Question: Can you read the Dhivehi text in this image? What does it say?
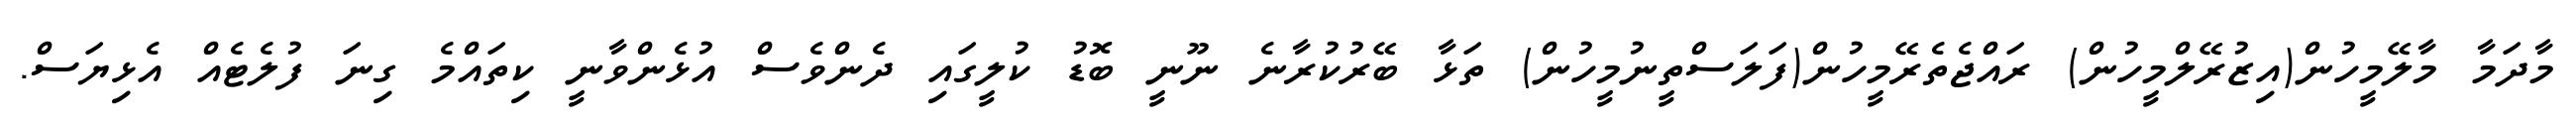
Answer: މާދަމާ މާލޭމީހުން(އިޒުރޭލްމީހުން) ރައްޖެތެރޭމީހުން(ފަލަސްތީނުމީހުން) ތަޅާ ބޭރުކުރާނެ ނޫނީ ބޮޑު ކުލީގައި ދެންވެސް އުޅެންވާނީ ކިތައްމެ ގިނަ ފުލެޓެއް އެޅިޔަސް.